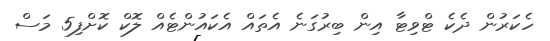
ހެކަރުން ދެކެ ޓްވިޓާ އިން ބިރުގަނެ އެތައް އެކައުންޓެއް ލޮކް ކޮށްފި5 މަސް